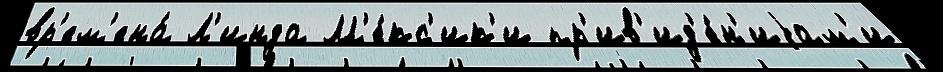
вр'ем'ена́ Л'инда М'е́кс'ик'и пр'ив'ид'е́н'иjам'и